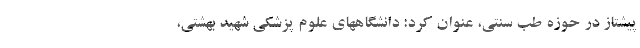
پیشتاز در حوزه طب سنتی، عنوان کرد: دانشگاههای علوم پزشکی شهید بهشتی،